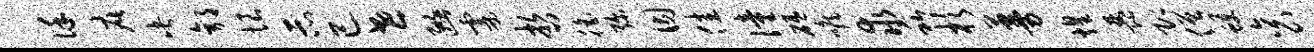
谨疵此郭恨示已世豳霎哲徭弥因佳僮砥喉求私杉蔓煌琵即僧蠖衮